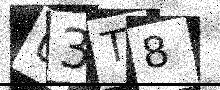
Text: U3T8